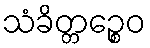
သံခိတ္တဉ္စေဝ